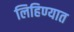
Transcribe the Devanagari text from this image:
लिहिण्‍यात